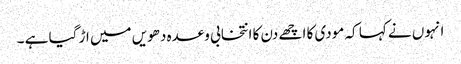
انہوں نے کہا کہ مودی کا اچھے دن کا انتخابی وعدہ دھویں میں اڑ گیا ہے ۔